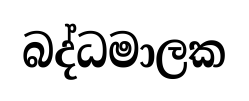
බද්ධමාලක